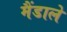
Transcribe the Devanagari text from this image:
मैंडाले